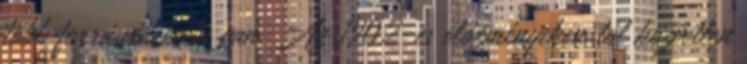
több forrásvidéke is van. Az 1902-es előzményeken túl közvetlen